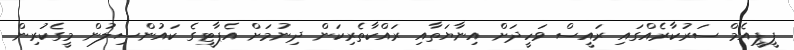
ޕީޕީއެމް ސަރުކާރެއްގައި ރައީސް ވަހީދަށް އިނާޔަތާއި ރައްކާތެރިކަން ދިނުމަށް އެޕާޓީގެ ކައުންސިލުން މީގެކުރިން